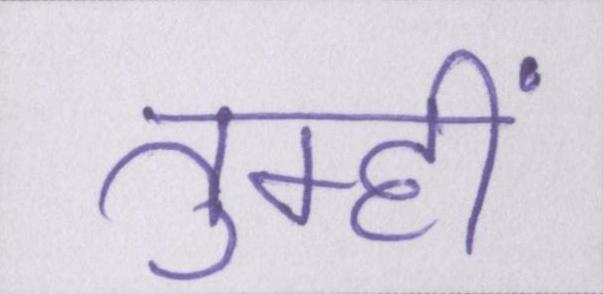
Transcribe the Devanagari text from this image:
तुम्हीं